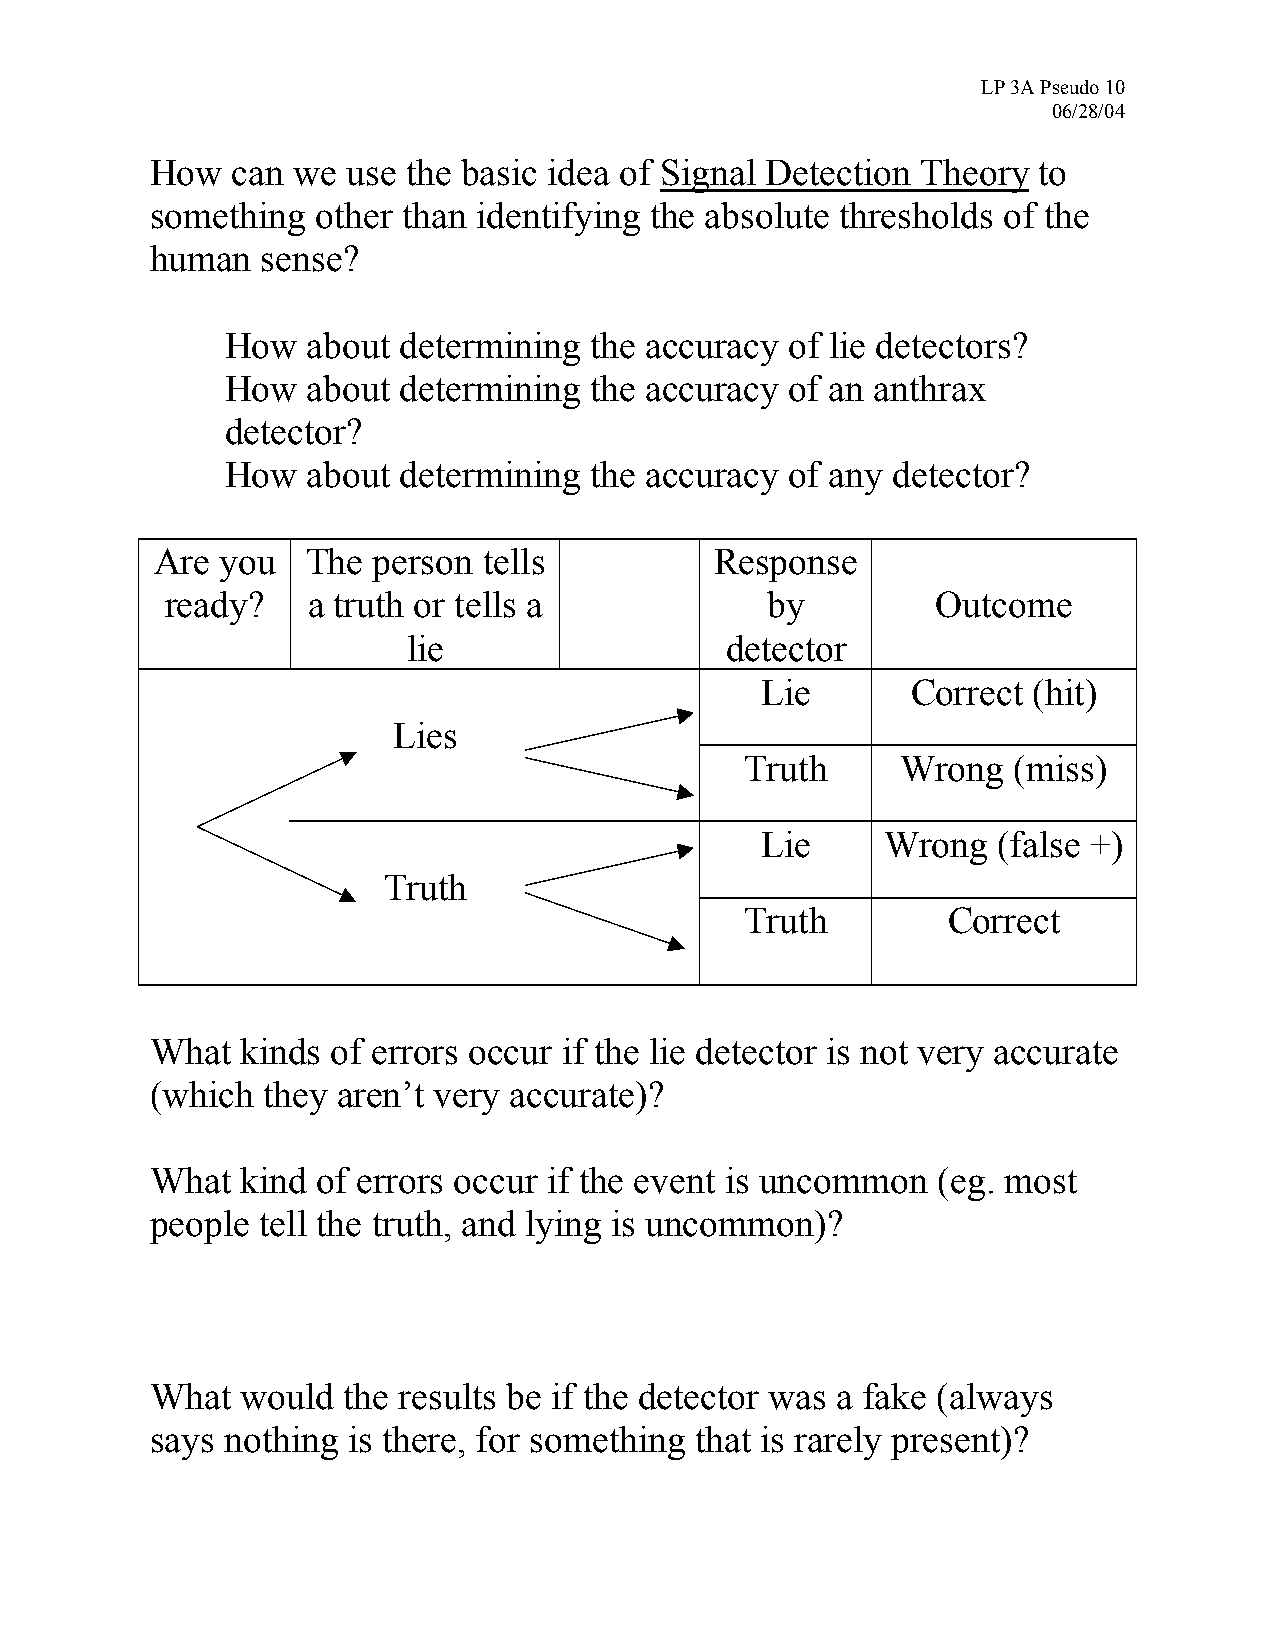
LP 3A Pseudo 10
 06/28/04
 How  can we  use the basic idea of Signal Detection Theory to
 something  other than identifying the absolute thresholds of the
 human  sense?
 •  How  about determining  the accuracy of lie detectors?
 •  How  about determining  the accuracy of an anthrax
 detector?
 •  How  about determining  the accuracy of any detector?
 Are  you  The  person tells          Response
 ready?   a truth or tells a             by         Outcome
 lie                  detector
 Lie       Correct (hit)
 Lies
 Truth      Wrong  (miss)
 Lie      Wrong  (false +)
 Truth
 Truth         Correct
 What  kinds of errors occur if the lie detector is not very accurate
 (which they aren’t very accurate)?
 What  kind of errors occur if the event is uncommon (eg. most
 people tell the truth, and lying is uncommon)?
 What  would  the results be if the detector was a fake (always
 says nothing is there, for something that is rarely present)?